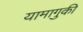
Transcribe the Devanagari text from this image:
यामागुकी